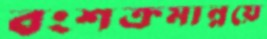
বংশক্রমান্নয়ে